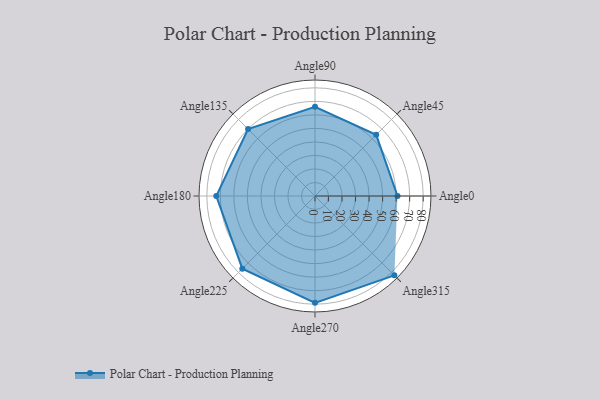
{"axis": {"x": "Angle", "y": "Radius"}, "legend": [""], "data": [{"x": "Angle0", "y": 61.0, "type": ""}, {"x": "Angle45", "y": 64.0, "type": ""}, {"x": "Angle90", "y": 66.0, "type": ""}, {"x": "Angle135", "y": 70.0, "type": ""}, {"x": "Angle180", "y": 73.0, "type": ""}, {"x": "Angle225", "y": 76.0, "type": ""}, {"x": "Angle270", "y": 79.0, "type": ""}, {"x": "Angle315", "y": 83.0, "type": ""}]}